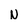
Character: N